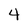
Character: 4